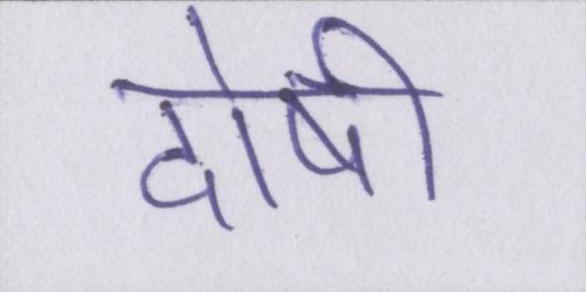
दोषी